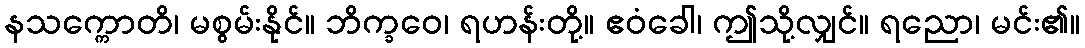
နသက္ကောတိ၊ မစွမ်းနိုင်။ ဘိက္ခဝေ၊ ရဟန်းတို့။ ဧဝံခေါ၊ ဤသို့လျှင်။ ရညော၊ မင်း၏။